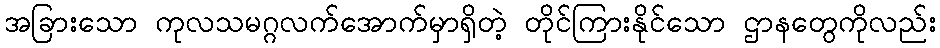
အခြားသော ကုလသမဂ္ဂလက်အောက်မှာရှိတဲ့ တိုင်ကြားနိုင်သော ဌာနတွေကိုလည်း